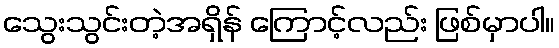
သွေးသွင်းတဲ့အရှိန် ကြောင့်လည်း ဖြစ်မှာပါ။